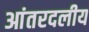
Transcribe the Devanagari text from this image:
आंतरदलीय